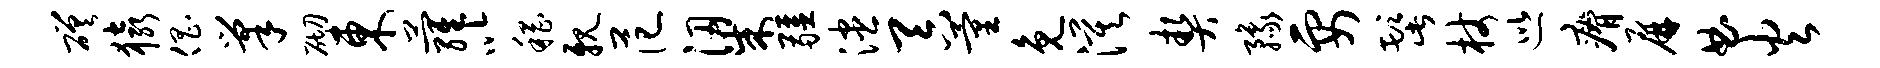
磋猿倡巢砌东萝以稽亲范梁疆漶吞量免漠契豫要髭杖巡瘠屏曲火